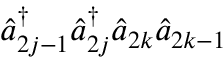
\hat { a } _ { 2 j - 1 } ^ { \dagger } \hat { a } _ { 2 j } ^ { \dagger } \hat { a } _ { 2 k } \hat { a } _ { 2 k - 1 }